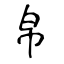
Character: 帛